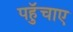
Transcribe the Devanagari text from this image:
पहुॅचाए